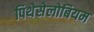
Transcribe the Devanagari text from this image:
पिथेसेलोबियम